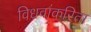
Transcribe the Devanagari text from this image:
विधवांकरिता